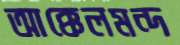
আক্কেলমন্দ